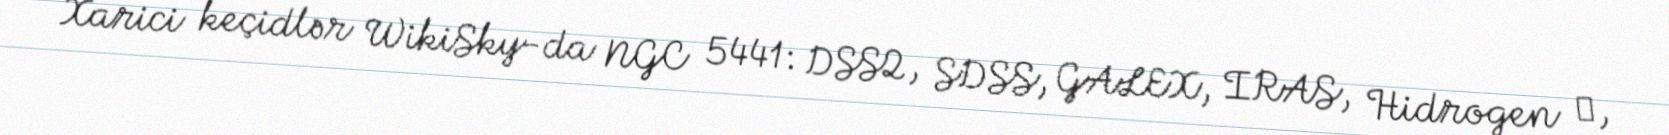
Xarici keçidlər WikiSky-da NGC 5441: DSS2, SDSS, GALEX, IRAS, Hidrogen α,